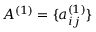
A ^ { ( 1 ) } = \{ a _ { i j } ^ { ( 1 ) } \}